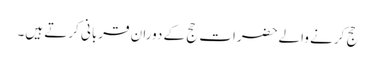
حج کرنے والےحضرات حج کے دوران قربانی کرتے ہیں۔